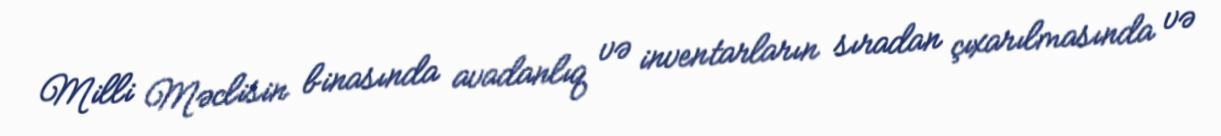
Milli Məclisin binasında avadanlıq və inventarların sıradan çıxarılmasında və